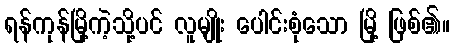
ရန်ကုန်မြို့ကဲ့သို့ပင် လူမျိုး ပေါင်းစုံသော မြို့ ဖြစ်၏။